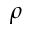
\rho